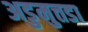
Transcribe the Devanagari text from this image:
अडुमुत्तडा